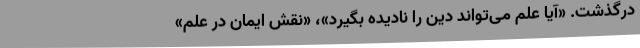
درگذشت. «آیا علم می‌تواند دین را نادیده بگیرد»، «نقش ایمان در علم»